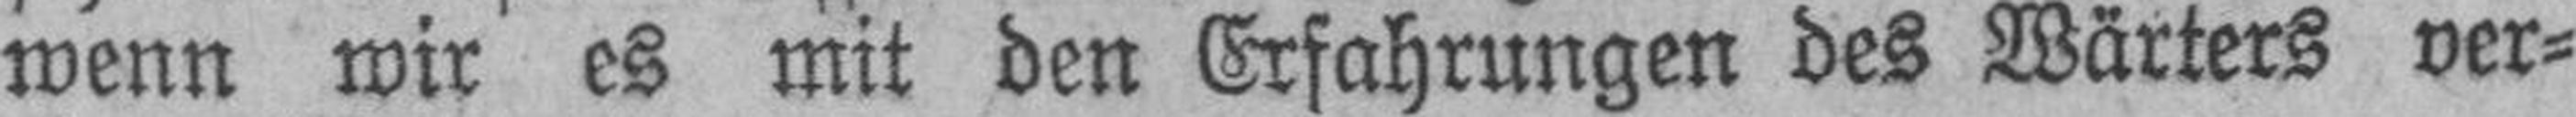
wenn wir es mit den Erfahrungen des Wärters ver¬